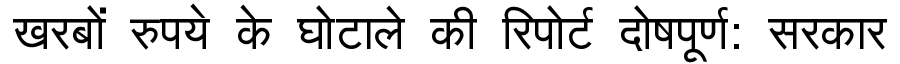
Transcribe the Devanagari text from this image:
खरबों रुपये के घोटाले की रिपोर्ट दोषपूर्ण: सरकार